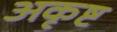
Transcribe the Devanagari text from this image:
अकृष्ट